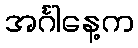
အင်္ဂါနေ့က